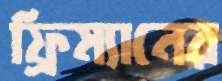
ফ্রিম্যানের